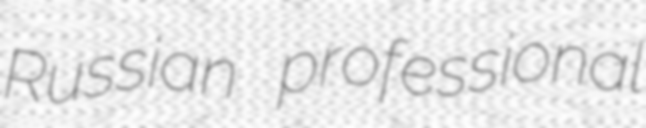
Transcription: Russian professional